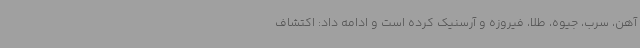
آهن، سرب، جیوه، طلا، فیروزه و آرسنیک کرده است و ادامه داد: اکتشاف